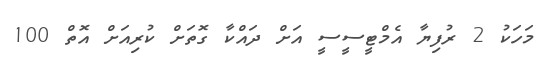
މަހަކު 2 ރުފިޔާ އެމްޓީސީސީ އަށް ދައްކާ ގޮތަށް ކުރިއަށް އޮތް 100